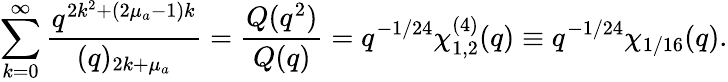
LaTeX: \sum_{k=0}^{\infty}\frac{q^{2k^{2}+(2\mu_{a}-1)k}}{(q)_{2k+\mu_{a}}}=\frac{Q(q^{2})}{Q(q)}=q^{-1/24}\chi_{1,2}^{(4)}(q)\equiv q^{-1/24}\chi_{1/16}(q).